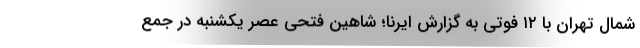
شمال تهران با ۱۲ فوتی به گزارش ایرنا؛ شاهین فتحی عصر یکشنبه در جمع